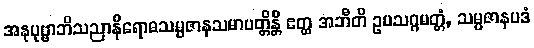
အနုပုဗ္ဗာဘိသညာနိရောဓသမ္ပဇာနသမာပတ္တိန္တိ ဧတ္ထ အဘီတိ ဥပသဂ္ဂမတ္တံ, သမ္ပဇာနပဒံ